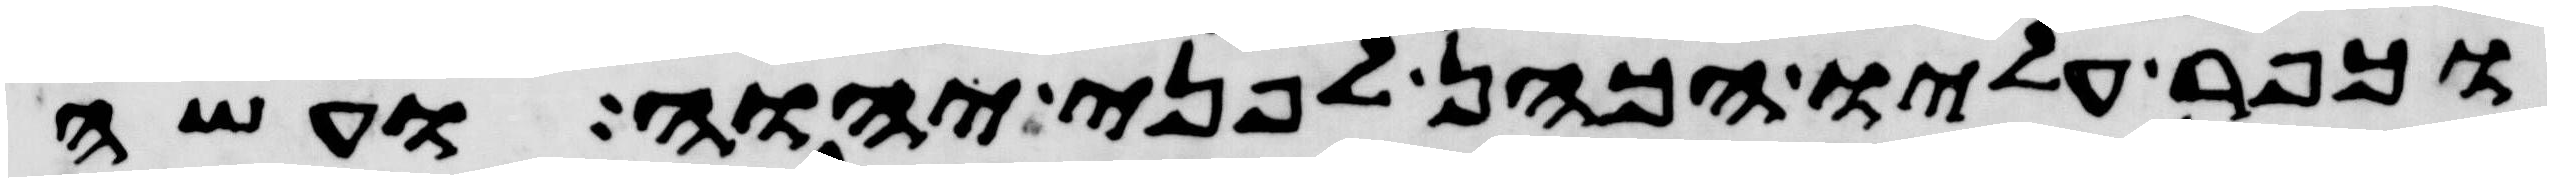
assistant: וכפר עליו הכהן לפני יהוה ועשה